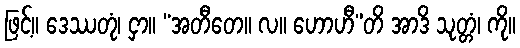
ဖြင့်။ ဒေဿတုံ၊ ငှာ။ “အတီတေ။ လ။ ဟောဟီ”တိ အာဒိ သုတ္တံ၊ ကို။